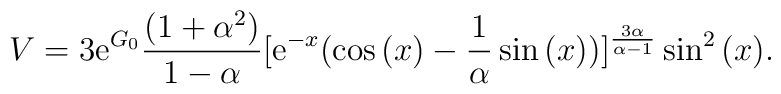
V =3 \mathrm{e}^{G_{0}}\frac{(1+ \alpha^{2})}{1 - \alpha}[\mathrm{e}^{-x}(\cos{(x)} - \frac{1}{\alpha}\sin{(x)})]^{\frac{    3\alpha}{\alpha -1}}\sin^{2}{(x)}.